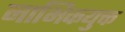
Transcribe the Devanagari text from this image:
नाभिकयुक्त